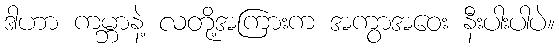
ဒါဟာ ကမ္ဘာနဲ့ လတို့အကြားက အကွာအဝေး နီးပါးပါပဲ။